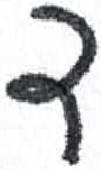
אות: ד